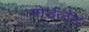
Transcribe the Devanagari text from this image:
नोर्डलैंड